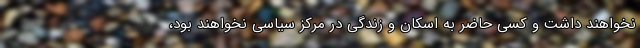
نخواهند داشت و کسی حاضر به اسکان و زندگی در مرکز سیاسی نخواهند بود،